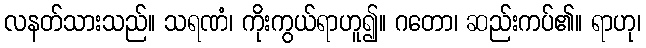
လနတ်သားသည်။ သရဏံ၊ ကိုးကွယ်ရာဟူ၍။ ဂတော၊ ဆည်းကပ်၏။ ရာဟု၊